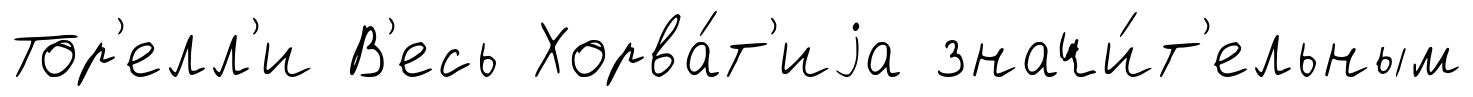
Тор'елл'и В'есь Хорва́т'иjа значи́т'ельным